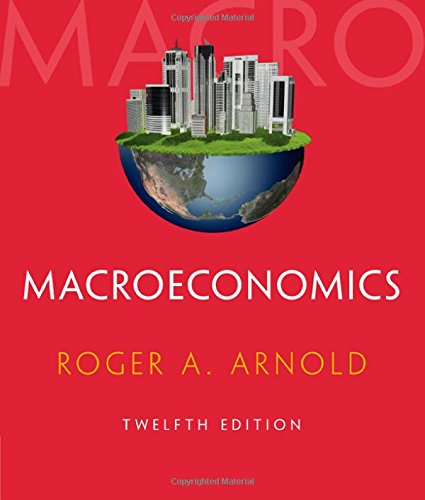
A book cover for Macroeconomics (with Digital Assets, 2 terms (12 months) Printed Access Card) (Newest Edition); Roger A. Arnold; Business & Money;